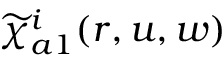
\widetilde { \chi } _ { a 1 } ^ { i } ( r , u , w )